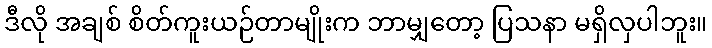
ဒီလို အချစ် စိတ်ကူးယဉ်တာမျိုးက ဘာမျှတော့ ပြသနာ မရှိလှပါဘူး။